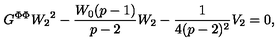
G ^ { \Phi \Phi } { W _ { 2 } } ^ { 2 } - \frac { W _ { 0 } ( p - 1 ) } { p - 2 } W _ { 2 } - \frac { 1 } { 4 ( p - 2 ) ^ { 2 } } V _ { 2 } = 0 ,